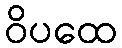
ဝိပထေ